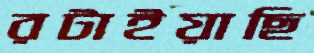
রটাইয়াছি